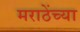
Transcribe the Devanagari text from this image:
मराठेंच्या